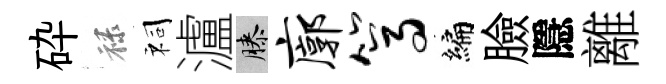
砕禄祠瀘膝廓篙编臉隱離